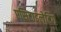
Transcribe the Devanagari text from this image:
एसिटाइलेटिंग